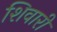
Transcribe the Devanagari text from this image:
शिवारी